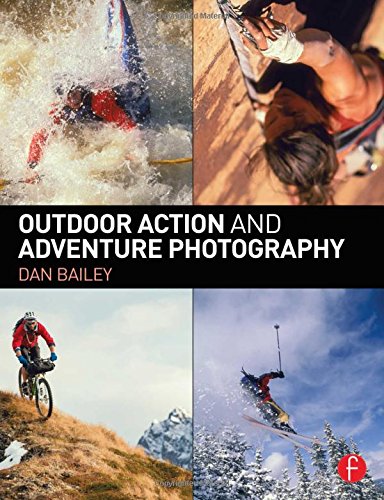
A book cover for Outdoor Action and Adventure Photography; Dan Bailey; Arts & Photography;